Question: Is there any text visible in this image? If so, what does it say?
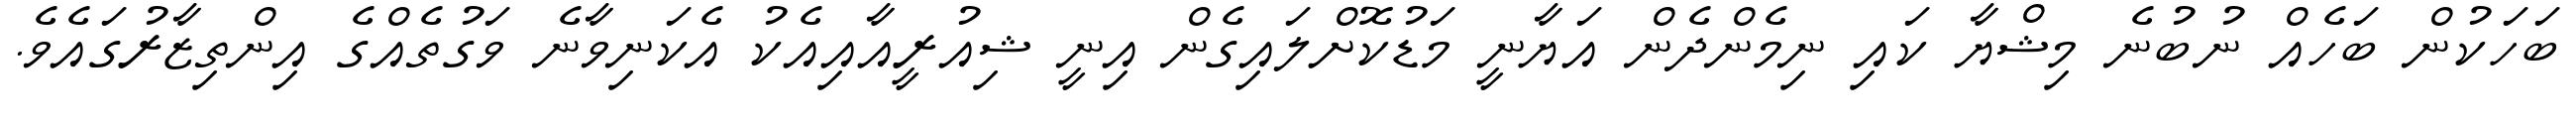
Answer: ބަހަކުން ބަހެއް ނުބުނެ މިޝްޔާ ކައި ނިމެންދެން އަޔާނީ މަޑުކޮށްލައިގެން އިނީ ޝިއުރީއާއިއެކު އެކަނިވާނެ ވަގުތެއްގެ އިންތިޒާރުގައެވެ.